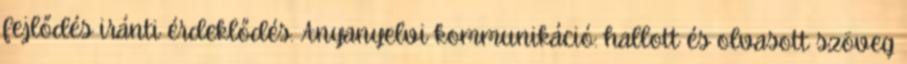
fejlődés iránti érdeklődés. Anyanyelvi kommunikáció: hallott és olvasott szöveg